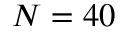
N = 4 0